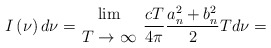
\begin{align*}I\left( \nu \right)d\nu = {{\lim} \atop {T \to \infty }} ~\frac{cT}{4\pi }\frac{a_n^2 + b_n^2 }{2}Td\nu =\end{align*}